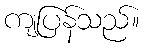
ကျပြန်သည်။